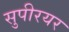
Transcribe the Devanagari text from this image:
सुपीरयर